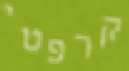
קרפטי